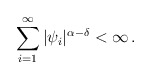
\begin{align*} \sum_{i=1}^\infty|\psi_i|^{\alpha-\delta}<\infty\,. \end{align*}